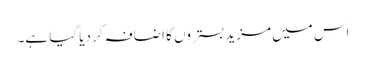
اس میں مزید بستروں کا اضافہ کر دیا گیا ہے۔